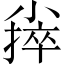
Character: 𪨃